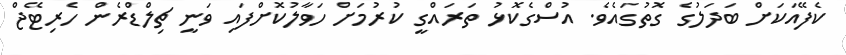
ކެފޭއަކަށް ބަދަލުގެ ގޮތުގައެވެ. އުސްގެކޮޅު ތަރައްގީ ކުރުމަށް ހަވާލުކޮށްފައި ވަނީ ޗިލްޑްރެން ހެރިޓޭޖް